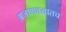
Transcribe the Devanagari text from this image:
अजाणवयातच